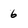
Character: 6